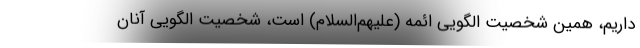
داریم، همین شخصیت الگویی ائمه (علیهم‌السلام) است، شخصیت الگویی آنان